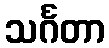
သင်္ဂတာ